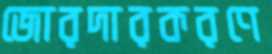
জোরদারকরণে